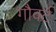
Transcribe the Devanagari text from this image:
गौवर्ट